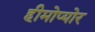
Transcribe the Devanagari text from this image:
हीमोप्योर